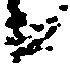
候